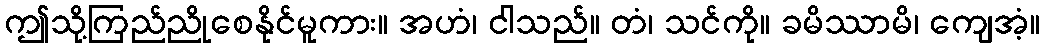
ဤသို့ကြည်ညိုစေနိုင်မူကား။ အဟံ၊ ငါသည်။ တံ၊ သင်ကို။ ခမိဿာမိ၊ ကျေအံ့။